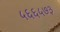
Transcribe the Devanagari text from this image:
५६६५७३